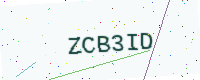
Text: ZCB3ID